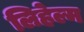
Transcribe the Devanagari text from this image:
लिहेल्म